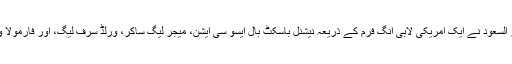
اس ضمن میں گراؤنڈ ورک کر نے کے لئے امریکہ میں سعودی سفیر پرنسیس ریما بند ر السعود نے ایک امریکی لابی انگ فرم کے ذریعہ نیشنل باسکٹ بال ایسو سی ایشن، میجر لیگ ساکر، ورلڈ سرف لیگ، اور فارمولا ون ریسنگ سے رابطہ قائم کیا تا ایسی عالمی کھیلوں کو سعودی عرب میں لا یا جا سکے۔